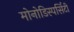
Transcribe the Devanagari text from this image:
मोनोडिस्पर्सिटी